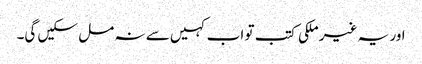
اور یہ غیر ملکی کتب تو اب کہیں سے نہ مل سکیں گی۔